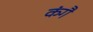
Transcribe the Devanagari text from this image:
कंगै